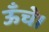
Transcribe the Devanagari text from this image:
ऊँचे।